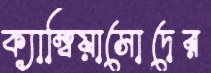
ক্যাম্বিয়াসোদের